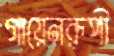
গায়েনরূপী